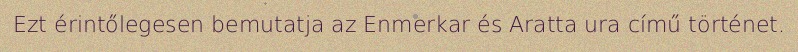
Ezt érintőlegesen bemutatja az Enmerkar és Aratta ura című történet.